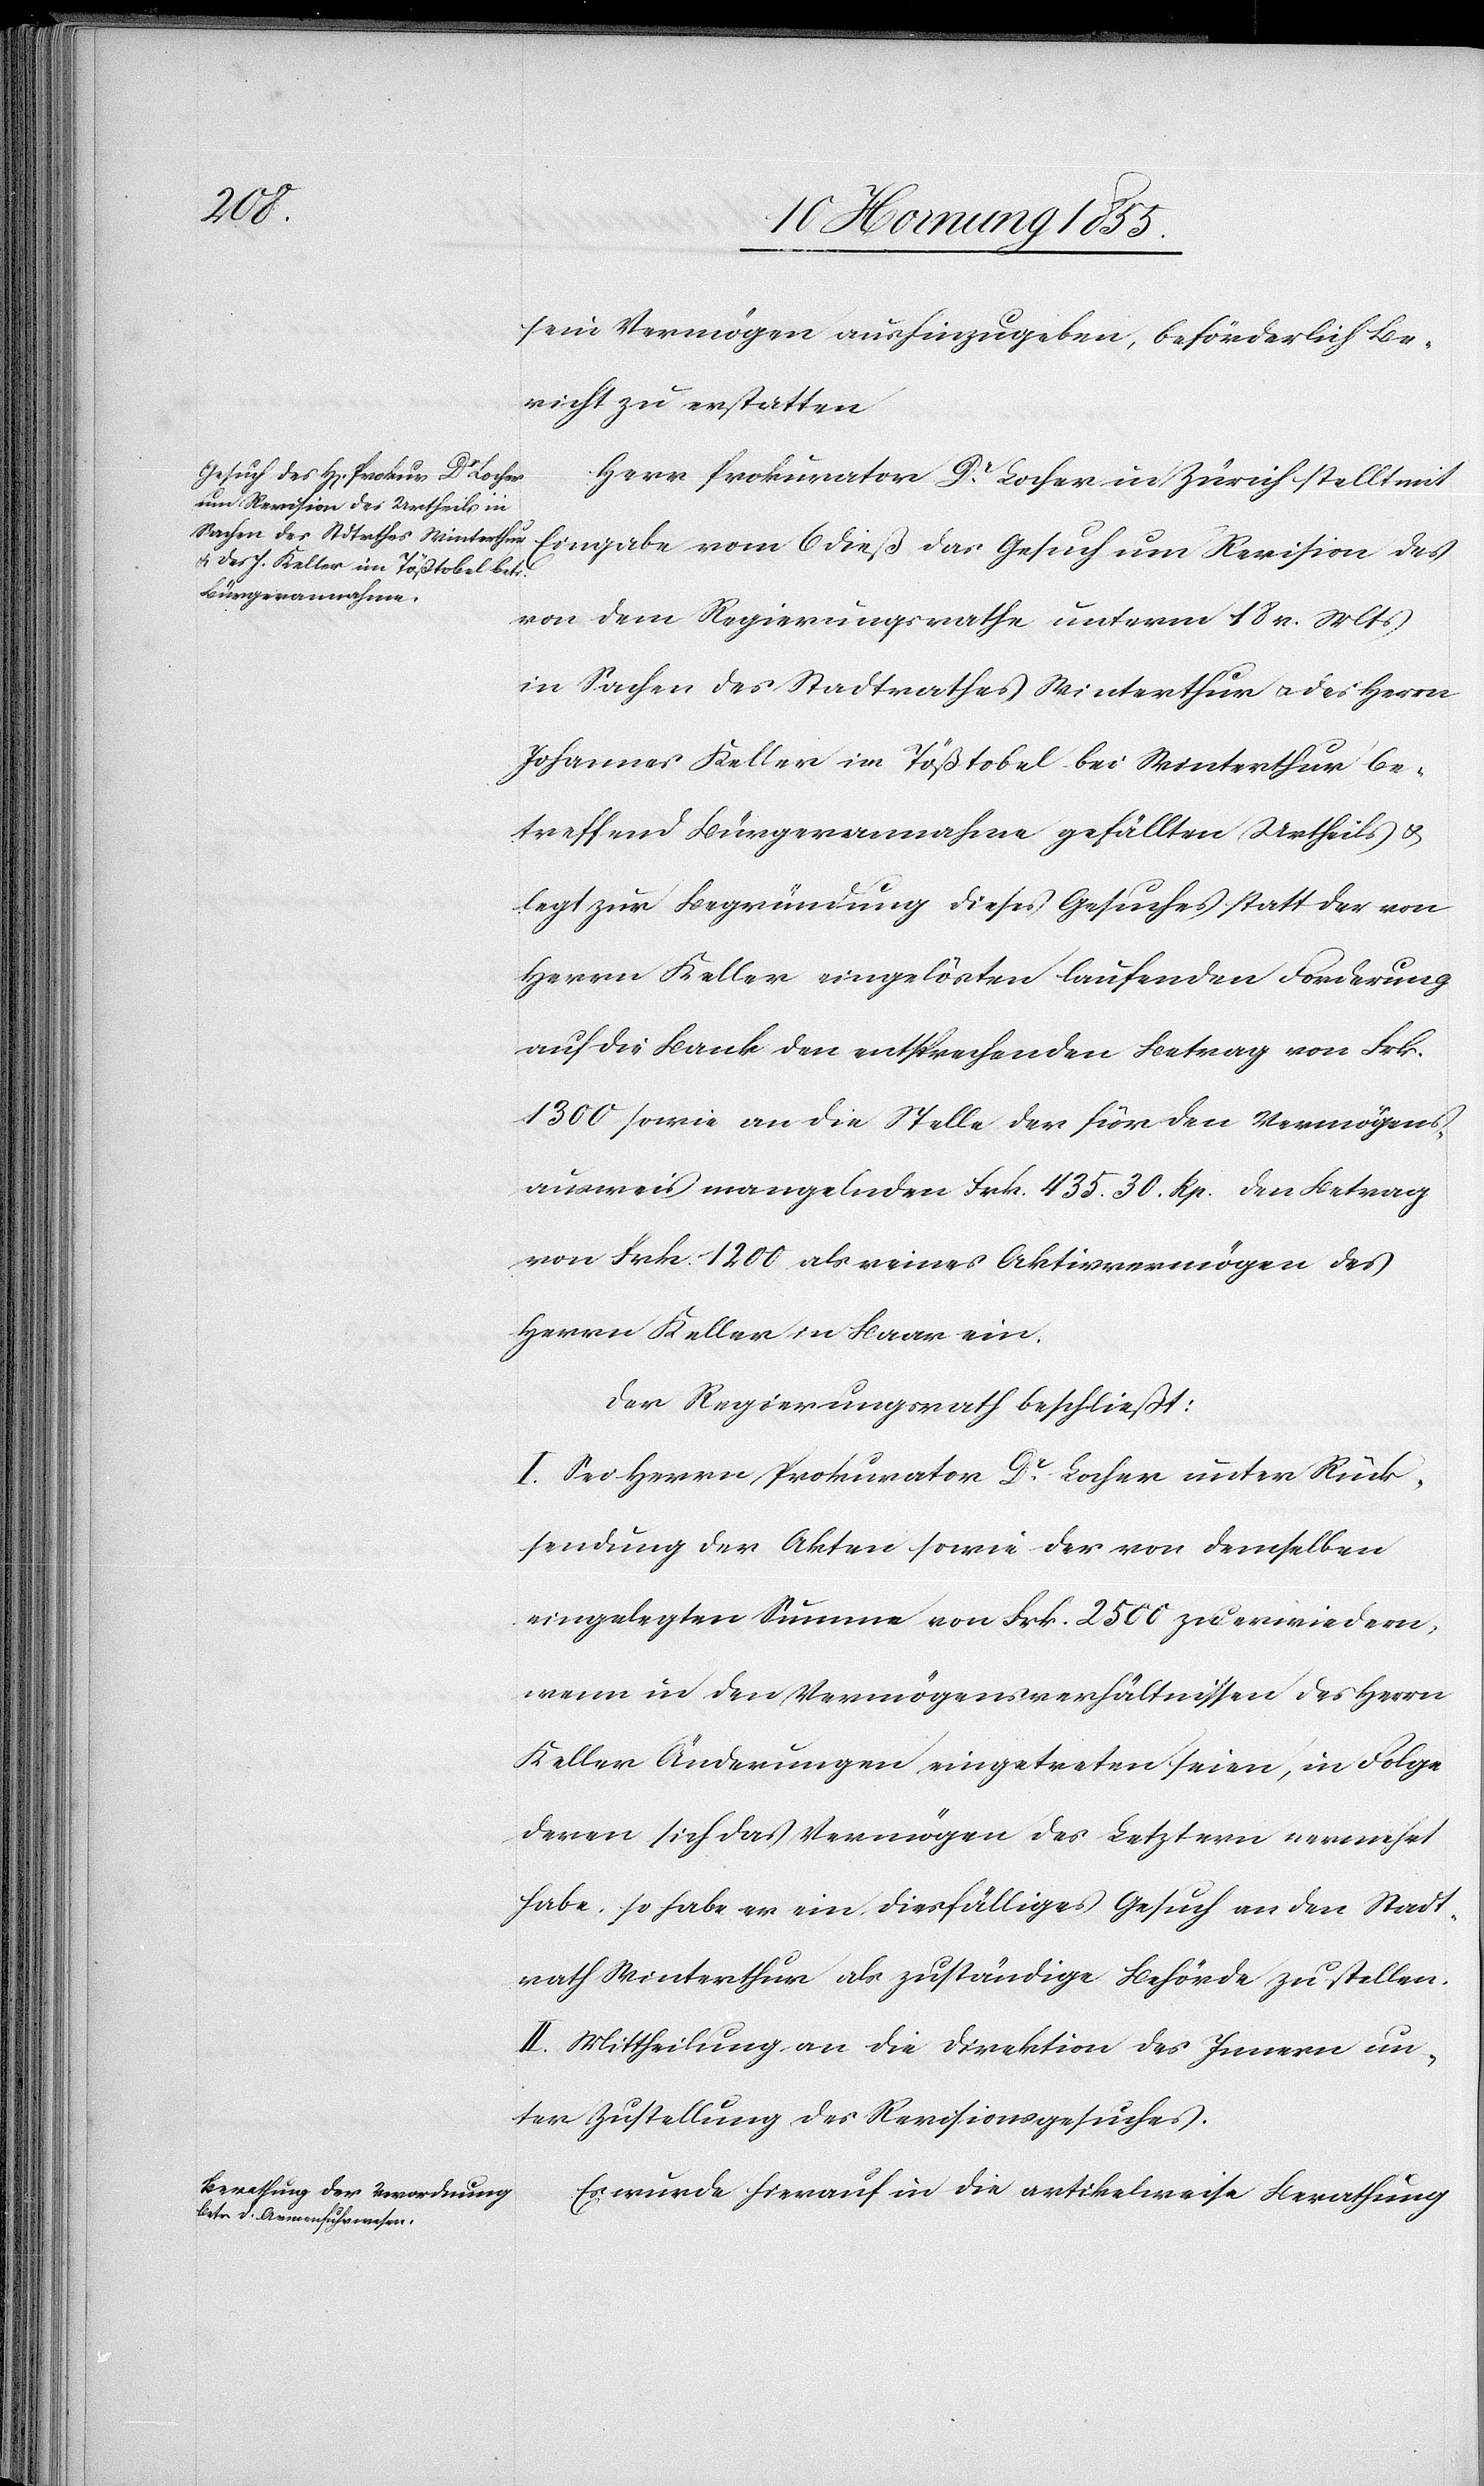
sein Vermögen aushinzugeben, beförderlich Be¬
richt zu erstatten[.]
Herr Prokurator Dr. Locher in Zürich stellt mit
Eingabe vom 6 dieß das Gesuch um Revision des
von dem Regierungsrathe unterm 18 v. Mts
in Sachen des Stadtrathes Winterthur & des Herrn
Johannes Keller im Tößtobel bei Winterthur be¬
treffend Bürgerannahme gefällten Urtheils &
legt zur Begründung dieses Gesuches statt der von
Herrn Keller eingelösten laufenden Forderung
auf die Bank den entsprechenden Betrag von Frk.
1300 sowie an die Stelle der für den Vermögens¬
ausweis mangelnden Frk. 435. 30. Rp. den Betrag
von Frk. 1200 als reines Aktivvermögen des
Herrn Keller in Baar ein.
Der Regierungsrath beschließt:
I. Sei Herrn Prokurator Dr. Locher unter Rück¬
sendung der Akten sowie der von demselben
eingelegten Summe von Frk. 2500 zu erwiedern,
wenn in den Vermögensverhältnissen des Herrn
Keller Änderungen eingetreten seien, in Folge
deren sich das Vermögen des Letztern vermehrt
habe, so habe er ein diesfälliges Gesuch an den Stadt¬
rath Winterthur als zuständige Behörde zu stellen.
II. Mittheilung an die Direktion des Innern un¬
ter Zustellung des Revisionsgesuches.
Es wurde hierauf in die artikelweise Berathung